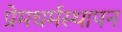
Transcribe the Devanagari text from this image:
प्रेमधर्मस्थापन